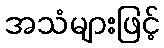
အသံများဖြင့်